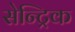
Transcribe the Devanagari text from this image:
सेन्ट्रिक